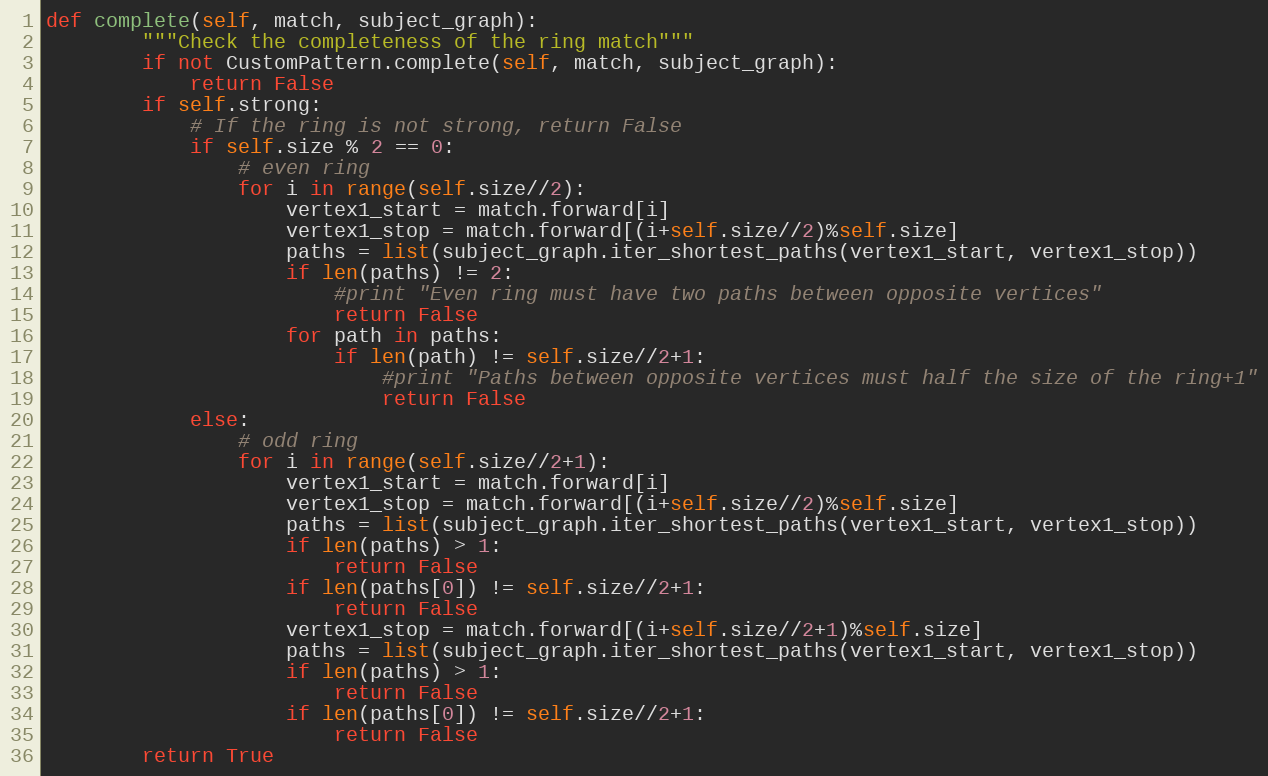
Language: Python
def complete(self, match, subject_graph):
        """Check the completeness of the ring match"""
        if not CustomPattern.complete(self, match, subject_graph):
            return False
        if self.strong:
            # If the ring is not strong, return False
            if self.size % 2 == 0:
                # even ring
                for i in range(self.size//2):
                    vertex1_start = match.forward[i]
                    vertex1_stop = match.forward[(i+self.size//2)%self.size]
                    paths = list(subject_graph.iter_shortest_paths(vertex1_start, vertex1_stop))
                    if len(paths) != 2:
                        #print "Even ring must have two paths between opposite vertices"
                        return False
                    for path in paths:
                        if len(path) != self.size//2+1:
                            #print "Paths between opposite vertices must half the size of the ring+1"
                            return False
            else:
                # odd ring
                for i in range(self.size//2+1):
                    vertex1_start = match.forward[i]
                    vertex1_stop = match.forward[(i+self.size//2)%self.size]
                    paths = list(subject_graph.iter_shortest_paths(vertex1_start, vertex1_stop))
                    if len(paths) > 1:
                        return False
                    if len(paths[0]) != self.size//2+1:
                        return False
                    vertex1_stop = match.forward[(i+self.size//2+1)%self.size]
                    paths = list(subject_graph.iter_shortest_paths(vertex1_start, vertex1_stop))
                    if len(paths) > 1:
                        return False
                    if len(paths[0]) != self.size//2+1:
                        return False
        return True